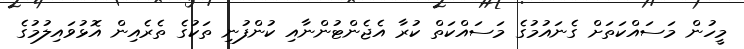
މީހުން މަސައްކަތަށް ގެނައުމުގެ މަސައްކަތް ކުރާ އެޖެންޓުންނާއި ކުންފުނި ތަކުގެ ތެރެއިން އޮޅުވައިލުމުގެ